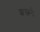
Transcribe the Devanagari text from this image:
शक्तयै